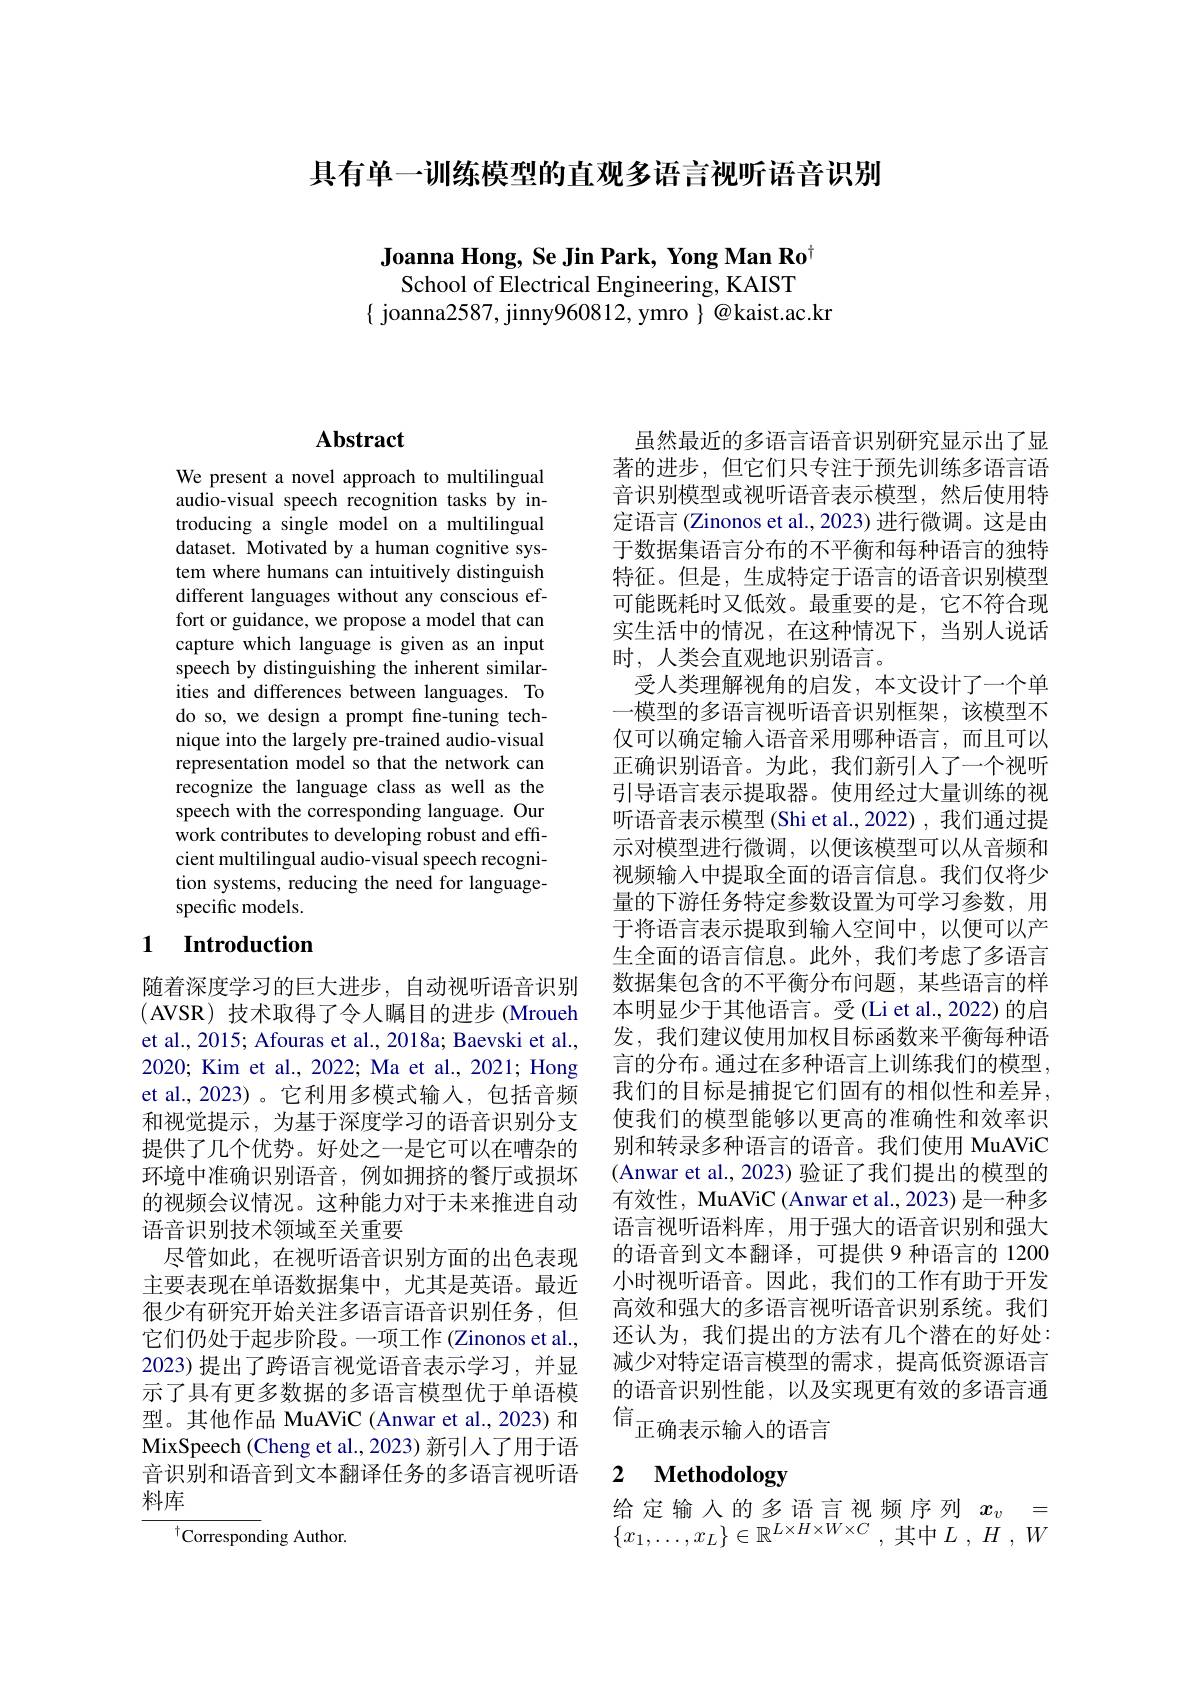
具有单一训练模型的直观多语言视听语音识别

Joanna Hong, Se Jin Park, Yong Man Ro$^{[\mathrm{m}]}$

School of Electrical Engineering, KAIST
$\{$ joanna2587, jinny960812, ymro $\}@$kaist.ac.kr

# Abstract

We present a novel approach to multilingual audio-visual speech recognition tasks by introducing a single model on a multilingual dataset. Motivated by a human cognitive system where humans can intuitively distinguish different languages without any conscious effort or guidance, we propose a model that can capture which language is given as an input speech by distinguishing the inherent similarities and differences between languages. To do so, we design a prompt fine-tuning technique into the largely pre-trained audio-visual representation model so that the network can recognize the language class as well as the speech with the corresponding language. Our work contributes to developing robust and efficient multilingual audio-visual speech recognition systems, reducing the need for languagespecific models.

## 1 Introduction

随着深度学习的巨大进步，自动视听语音识别(AVSR) 技术取得了令人瞩目的进步 (Mroueh et al., 2015; Afouras et al., 2018a; Baevski et al., 2020; Kim et al., 2022; Ma et al., 2021; Hong et al., 2023)。它利用多模式输入，包括音频和视觉提示，为基于深度学习的语音识别分支提供了几个优势。好处之一是它可以在嘈杂的环境中准确识别语音，例如拥挤的餐厅或损坏的视频会议情况。这种能力对于未来推进自动语音识别技术领域至关重要
尽管如此，在视听语音识别方面的出色表现主要表现在单语数据集中，尤其是英语。最近很少有研究开始关注多语言语音识别任务，但它们仍处于起步阶段。一项工作 (Zinonos et al., 2023)提出了跨语言视觉语音表示学习，并显示了具有更多数据的多语言模型优于单语模型。其他作品 MuAViC (Anwar et al.,2023) 和MixSpeech (Cheng et al., 2023) 新引入了用于语音识别和语音到文本翻译任务的多语言视听语料库
$^{\dagger}$Corresponding Author

虽然最近的多语言语音识别研究显示出了显著的进步，但它们只专注于预先训练多语言语音识别模型或视听语音表示模型，然后使用特定语言 (Zinonos et al., 2023) 进行微调。这是由于数据集语言分布的不平衡和每种语言的独特特征。但是，生成特定于语言的语音识别模型可能既耗时又低效。最重要的是，它不符合现实生活中的情况，在这种情况下，当别人说话时，人类会直观地识别语言。
受人类理解视角的启发，本文设计了一个单一模型的多语言视听语音识别框架，该模型不仅可以确定输入语音采用哪种语言，而且可以正确识别语音。为此，我们新引人了一个视听引导语言表示提取器。使用经过大量训练的视听语音表示模型(Shi et al.,2022),我们通过提示对模型进行微调，以便该模型可以从音频和视频输入中提取全面的语言信息。我们仅将少量的下游任务特定参数设置为可学习参数，用于将语言表示提取到输入空间中，以便可以产生全面的语言信息。此外，我们考虑了多语言数据集包含的不平衡分布问题，某些语言的样本明显少于其他语言。受(Li et al., 2022) 的启发，我们建议使用加权目标函数来平衡每种语言的分布。通过在多种语言上训练我们的模型， 我们的目标是捕捉它们固有的相似性和差异， 使我们的模型能够以更高的准确性和效率识别和转录多种语言的语音。我们使用 MuAViC (Anwar et al., 2023) 验证了我们提出的模型的有效性，MuAViC (Anwar et al., 2023) 是一种多语言视听语料库，用于强大的语音识别和强大的语音到文本翻译，可提供 9 种语言的 1200小时视听语音。因此，我们的工作有助于开发高效和强大的多语言视听语音识别系统。我们还认为，我们提出的方法有几个潜在的好处： 减少对特定语言模型的需求，提高低资源语言的语音识别性能，以及实现更有效的多语言通${}_{\text{信}_{\text{正确表示输入的语言}}}$

# 2 Methodology

给定输入的多语言视频序列$\begin{array}{cc}x_v&=\\\end{array}$ $\{ x_{1}, \ldots , x_{L}\} \in \mathbb{R} ^{L\times H\times W\times C}$ ,其中$L$ , $H$ , $W$